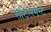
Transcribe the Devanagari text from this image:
सेटिलमेन्ट